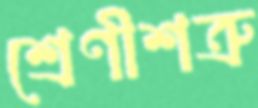
শ্রেণীশত্রু